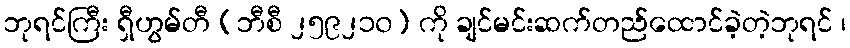
ဘုရင်ကြီး ရှီဟွမ်တီ (ဘီစီ ၂၅၉၂၁၀) ကို ချင်မင်းဆက်တည်ထောင်ခဲ့တဲ့ဘုရင် ၊